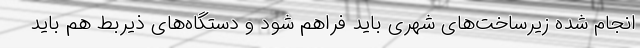
انجام شده زیرساخت‌های شهری باید فراهم شود و دستگاه‌های ذیربط هم باید